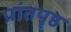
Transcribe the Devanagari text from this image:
प्रांतपृष्ठ